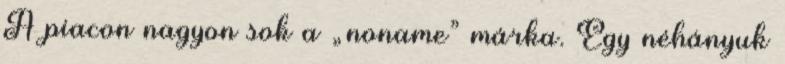
A piacon nagyon sok a „noname” márka. Egy néhányuk